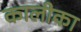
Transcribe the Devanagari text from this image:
कालीका